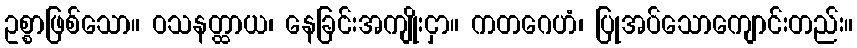
ဥစ္စာဖြစ်သော။ ဝသနတ္ထာယ၊ နေခြင်းအကျိုးငှာ။ ကတဂေဟံ၊ ပြုအပ်သောကျောင်းတည်း။